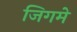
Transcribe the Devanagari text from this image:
जिगमे